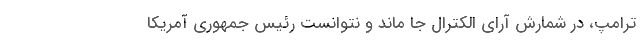
ترامپ، در شمارش آرای الکترال جا ماند و نتوانست رئیس جمهوری آمریکا